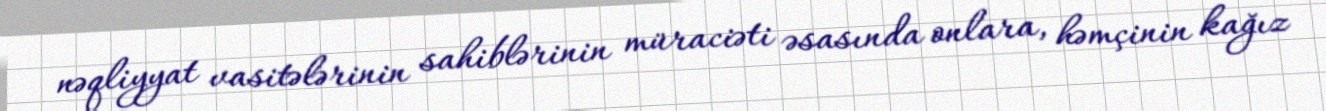
nəqliyyat vasitələrinin sahiblərinin müraciəti əsasında onlara, həmçinin kağız